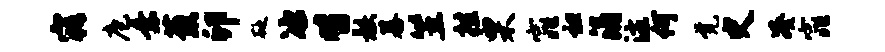
寤庖乘葱卯砭冰皆骸暮笠挂栗窕袒涓注何觉史凑窕